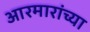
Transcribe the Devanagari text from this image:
आरमारांच्या